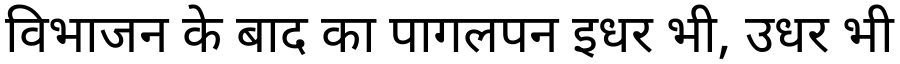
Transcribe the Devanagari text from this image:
विभाजन के बाद का पागलपन इधर भी, उधर भी